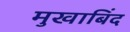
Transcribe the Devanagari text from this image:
मुखाबिंद